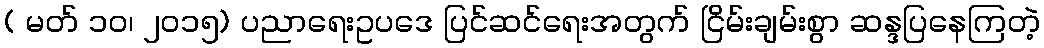
( မတ် ၁၀၊ ၂၀၁၅) ပညာရေးဥပဒေ ပြင်ဆင်ရေးအတွက် ငြိမ်းချမ်းစွာ ဆန္ဒပြနေကြတဲ့